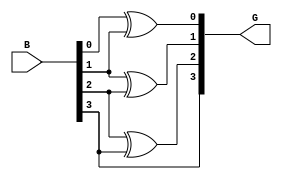
`timescale 1ns / 1ps

module B2G(
    input [3:0] B,
    output [3:0] G
    );
    assign G[0]=B[0] ^ B[1] ;
    assign G[1]=B[1] ^ B[2] ;
    assign G[2]=B[2] ^ B[3] ;
    assign G[3]=B[3];
endmodule